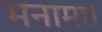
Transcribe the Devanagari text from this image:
मनामा।